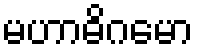
မဟာဓိဂမော